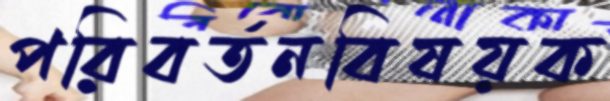
পরিবর্তনবিষয়ক